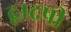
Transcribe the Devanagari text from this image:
द्वादषी